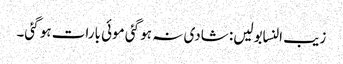
زیب النسابولیں: شادی نہ ہو گئی موئی بارات ہو گئی۔